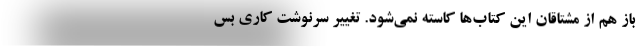
باز هم از مشتاقان این کتاب‌ها کاسته نمی‌شود. تغییر سرنوشت کاری بس